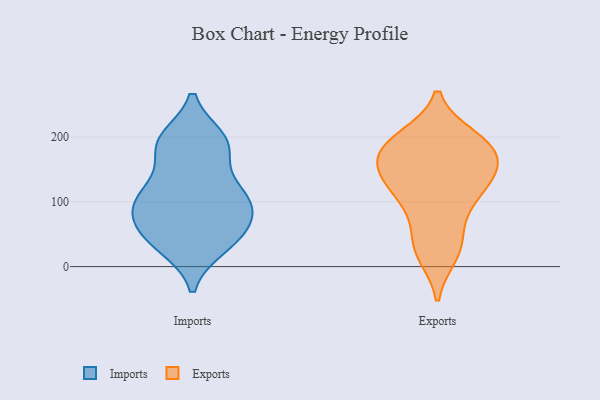
{"axis": {"x": "Demand Index", "y": "Value"}, "legend": ["Exports", "Imports"], "data": [{"x": "", "y": 93, "type": "Imports"}, {"x": "", "y": 37, "type": "Imports"}, {"x": "", "y": 70, "type": "Imports"}, {"x": "", "y": 83, "type": "Imports"}, {"x": "", "y": 196, "type": "Imports"}, {"x": "", "y": 197, "type": "Imports"}, {"x": "", "y": 181, "type": "Imports"}, {"x": "", "y": 123, "type": "Imports"}, {"x": "", "y": 57, "type": "Imports"}, {"x": "", "y": 57, "type": "Imports"}, {"x": "", "y": 31, "type": "Imports"}, {"x": "", "y": 186, "type": "Imports"}, {"x": "", "y": 33, "type": "Imports"}, {"x": "", "y": 100, "type": "Imports"}, {"x": "", "y": 190, "type": "Imports"}, {"x": "", "y": 124, "type": "Imports"}, {"x": "", "y": 103, "type": "Imports"}, {"x": "", "y": 107, "type": "Imports"}, {"x": "", "y": 197, "type": "Exports"}, {"x": "", "y": 130, "type": "Exports"}, {"x": "", "y": 30, "type": "Exports"}, {"x": "", "y": 160, "type": "Exports"}, {"x": "", "y": 134, "type": "Exports"}, {"x": "", "y": 168, "type": "Exports"}, {"x": "", "y": 129, "type": "Exports"}, {"x": "", "y": 190, "type": "Exports"}, {"x": "", "y": 199, "type": "Exports"}, {"x": "", "y": 184, "type": "Exports"}, {"x": "", "y": 66, "type": "Exports"}, {"x": "", "y": 139, "type": "Exports"}, {"x": "", "y": 99, "type": "Exports"}, {"x": "", "y": 186, "type": "Exports"}, {"x": "", "y": 28, "type": "Exports"}, {"x": "", "y": 165, "type": "Exports"}, {"x": "", "y": 104, "type": "Exports"}, {"x": "", "y": 19, "type": "Exports"}]}